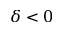
\delta < 0